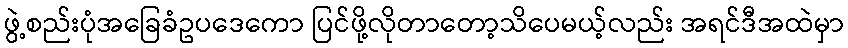
ဖွဲ့စည်းပုံအခြေခံဥပဒေကော ပြင်ဖို့လိုတာတော့သိပေမယ့်လည်း အရင်ဒီအထဲမှာ